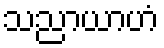
သညာယာဟံ